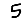
Digit: 5